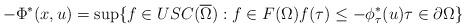
LaTeX: \begin{align*}-\Phi^*(x,u) = {\sup}\{ f\in USC(\overline{\Omega}) : f\in F(\Omega) f(\tau) \le - {\phi^*_\tau}(u) \tau\in \partial \Omega \}\end{align*}